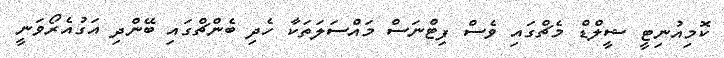
ކޮމިއުނިޓީ ޝީލްޑް މެޗްގައި ވެސް ފިޓްނަސް މައްސަލަތަކާ ހެދި ބެންޗްގައި ބޭންދި އަގުއެރޯވަނީ